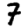
Digit: 7